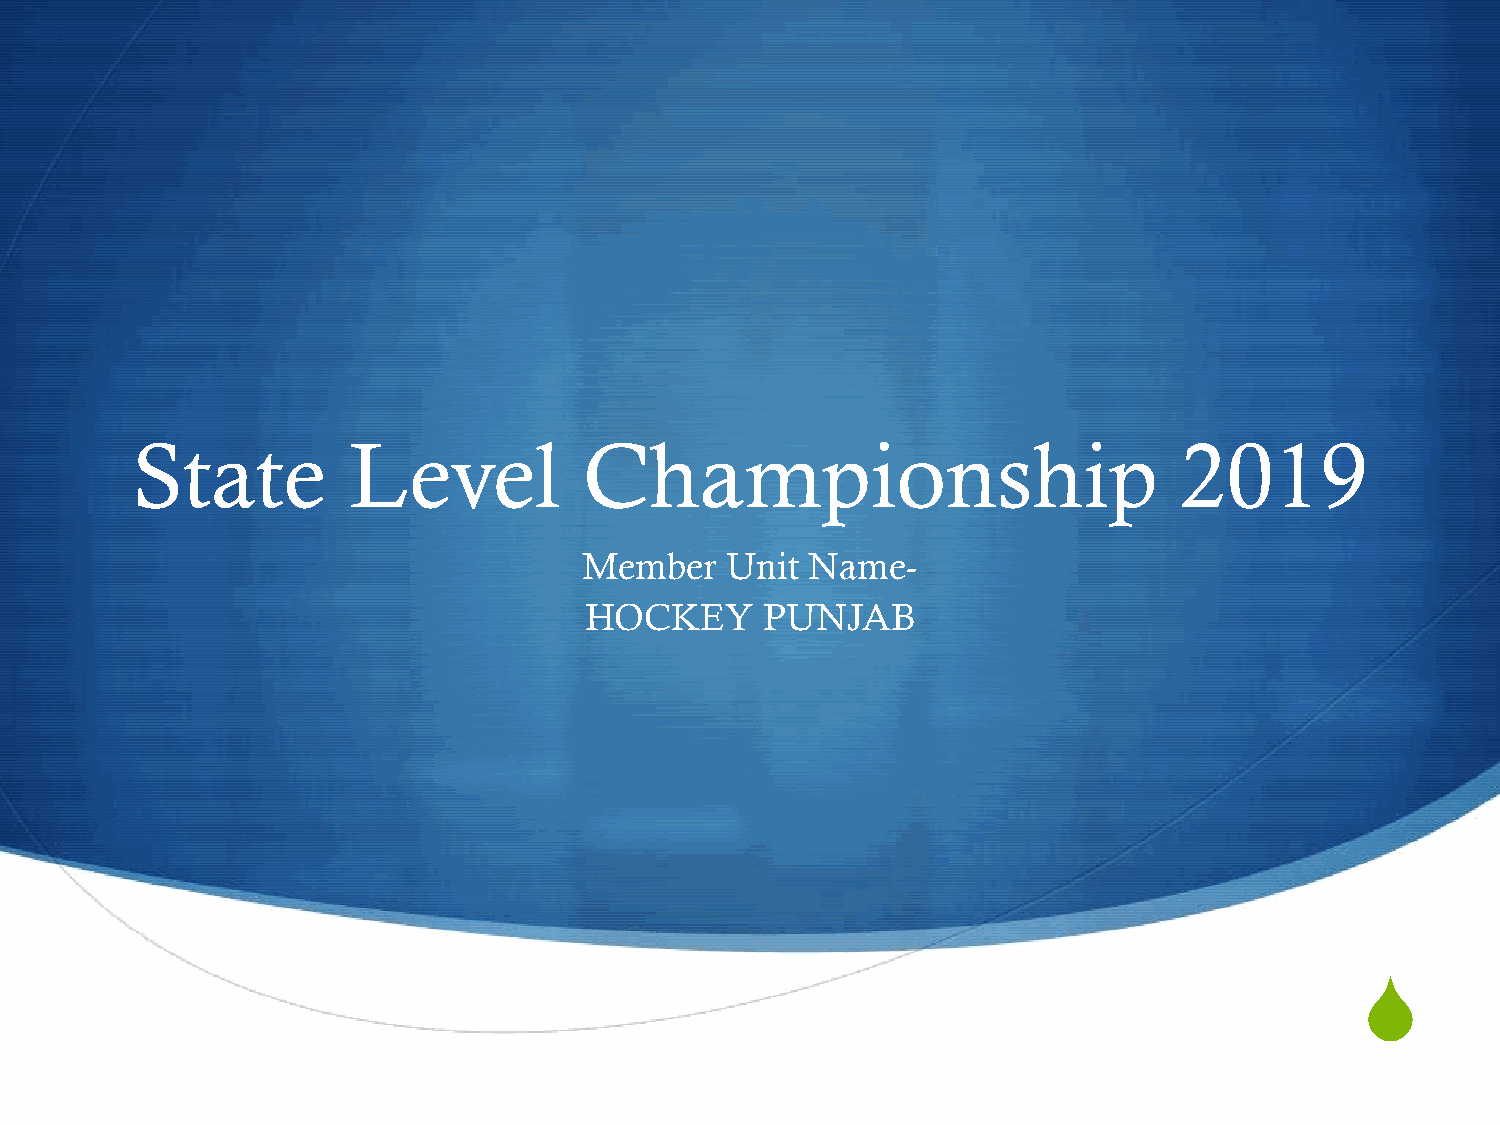
State         Level           Championship                           2019
 Member   Unit  Name-
 HOCKEY      PUNJAB
 S